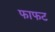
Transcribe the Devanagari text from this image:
फाफट